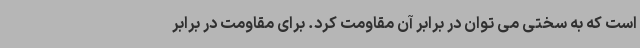
است که به سختی می توان در برابر آن مقاومت کرد. برای مقاومت در برابر